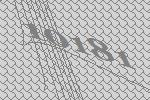
10181